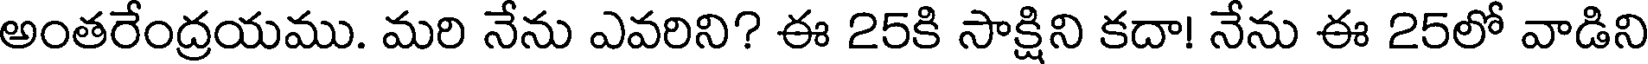
అంతరేంద్రయము. మరి నేను ఎవరిని? ఈ 25కి సాక్షిని కదా! నేను ఈ 25లో వాడిని